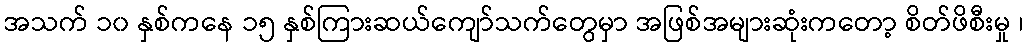
အသက် ၁၀ နှစ်ကနေ ၁၅ နှစ်ကြားဆယ်ကျော်သက်တွေမှာ အဖြစ်အများဆုံးကတော့ စိတ်ဖိစီးမှု ၊